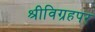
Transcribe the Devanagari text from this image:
श्रीविग्रहपर